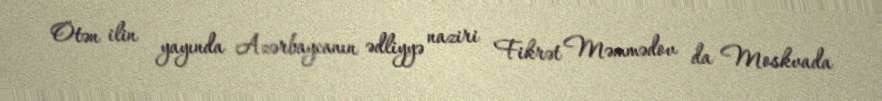
Ötən ilin yayında Azərbaycanın ədliyyə naziri Fikrət Məmmədov da Moskvada